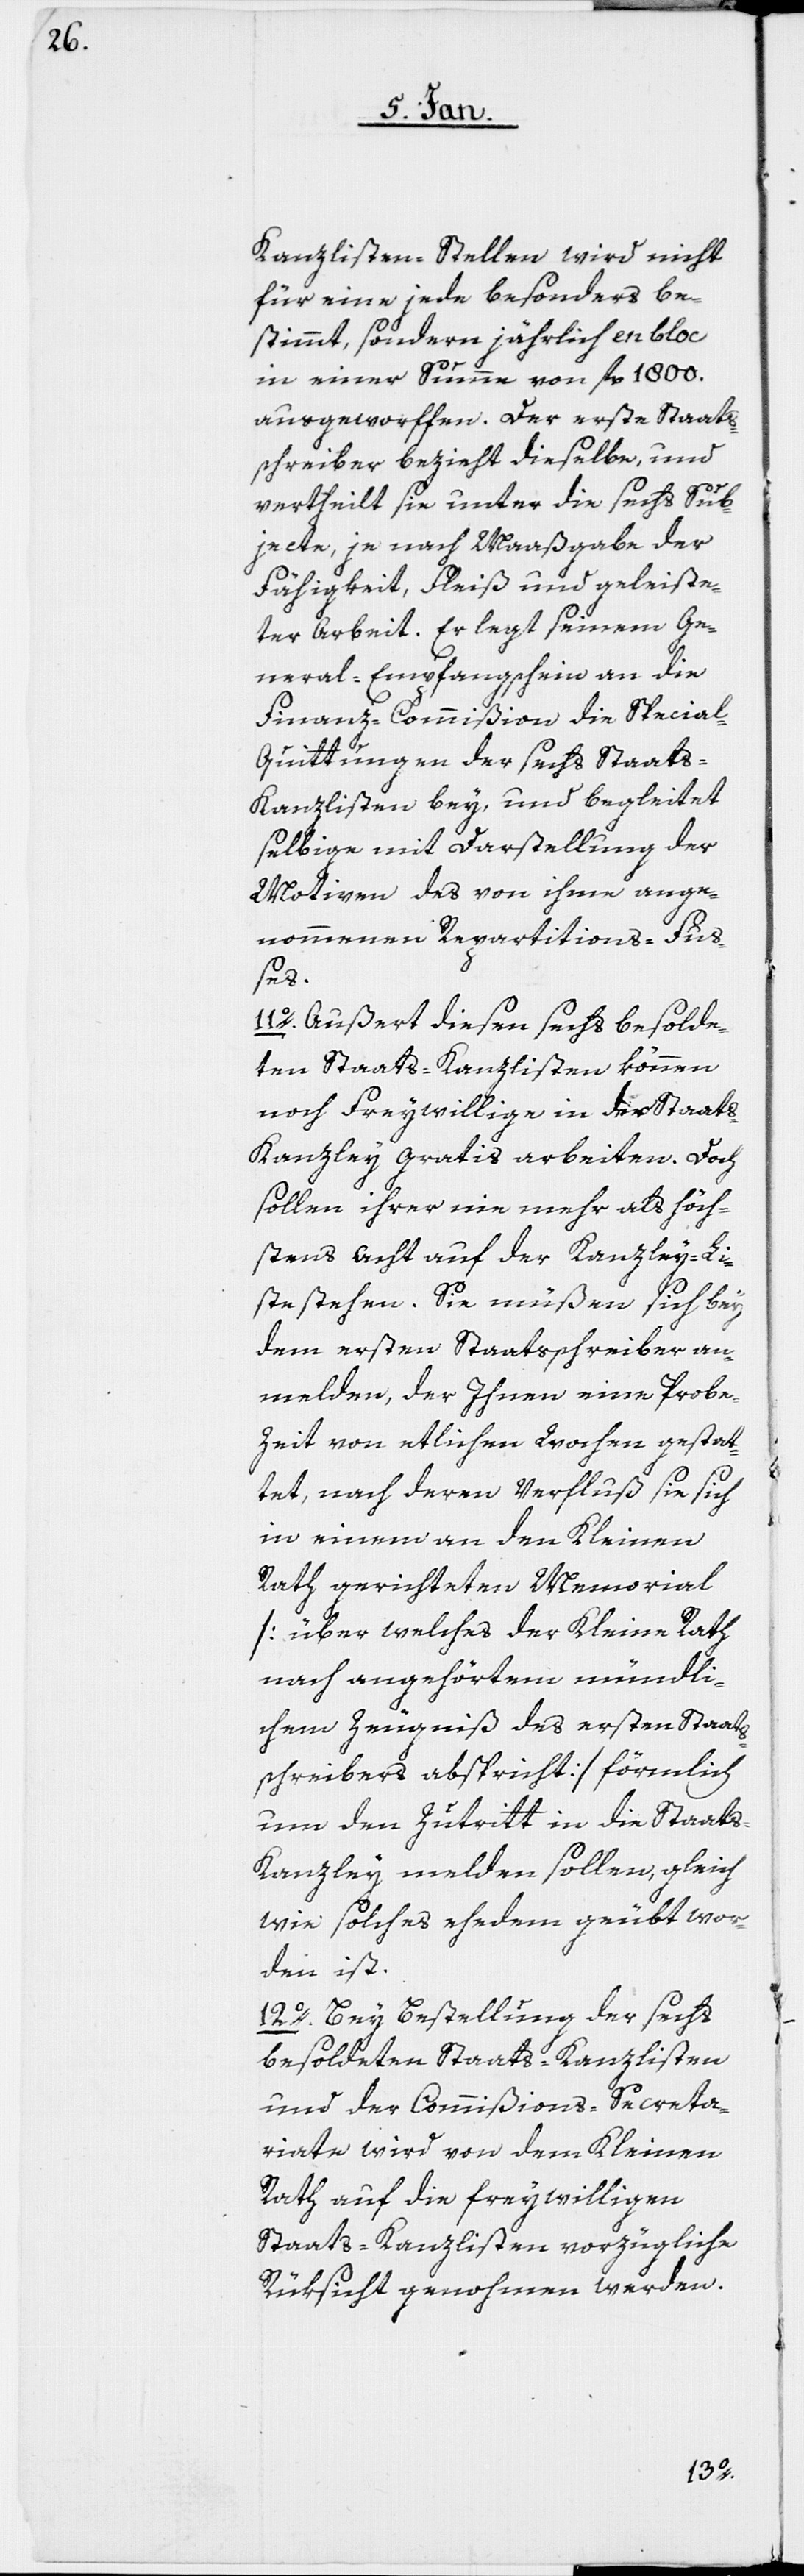
Kanzlisten-Stellen wird nicht
für eine jede besonders be¬
stimmt, sondern jährlich en bloc
in einer Summe von fl. 1800.
ausgeworffen. Der erste Staats¬
schreiber bezieht dieselbe, und
vertheilt sie unter die sechs Sub¬
jecte, je nach Maaßgabe der
Fähigkeit, Fleiß und geleiste¬
ter Arbeit. Er legt seinem Ge¬
neral-Empfangsschein an die
Finanz-Commißion die Special-Q¬
uittungen der sechs Staat¬
s-Kanzlisten bey, und begleitet
selbige mit Darstellung der
Motiven des von ihme ange¬
nommenen Repartitions-Fußes.
11o. Außert diesen sechs besolde¬
ten Staats-Kanzlisten können
noch Freywillige in der Staat¬
s-Kanzley gratis arbeiten. Doch
sollen ihrer nie mehr als höch¬
stens acht auf der Kanzle-Li¬
ste stehen. Sie müßen sich bey
dem ersten Staatsschreiber an¬
melden, der Ihnen eine Probe¬
zeit von etlichen Wochen gestat¬
tet, nach deren Verfluß sie sich
in einem an den Kleinen
Rath gerichteten Memorial
[über welches der Kleine Rath
nach angehörtem mündl¬
ichem Zeugniß des ersten Staats¬
schreibers abspricht] förmlich
um den Zutritt in die Staats-K¬
anzley melden sollen, gleich
wie solches ehedem geübt wor¬
den ist.
12o. Bey Bestellung der sechs
besoldeten Staats-Kanzlisten
und der Commißions-Secreta¬
riate wird von dem Kleinen
Rath auf die freywilligen
Staats-Kanzlisten vorzügliche
Rüksicht genohmen werden.